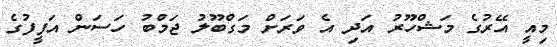
މިއީ އޭރުގެ މަޝްހޫރު އަދި އެ ވަރަށް މަގްބޫލު ޖަމްބު ހަސަން އަފީފުގެ